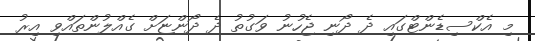
މި އެކްސިޑެންޓްގައި ދެ ދޯނި ޖެހުނު ވަގުތު ދެ ދޯންޏަށް ގެއްލުންތައްވި އިރު